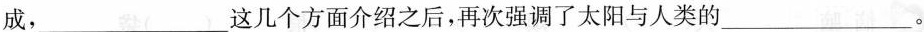
成，___这几个方面介绍之后，再次强调了太阳与人类的___。